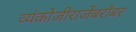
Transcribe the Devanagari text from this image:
व्यंकोजीराजेंबरोबर